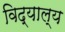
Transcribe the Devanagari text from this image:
विद्याल्य